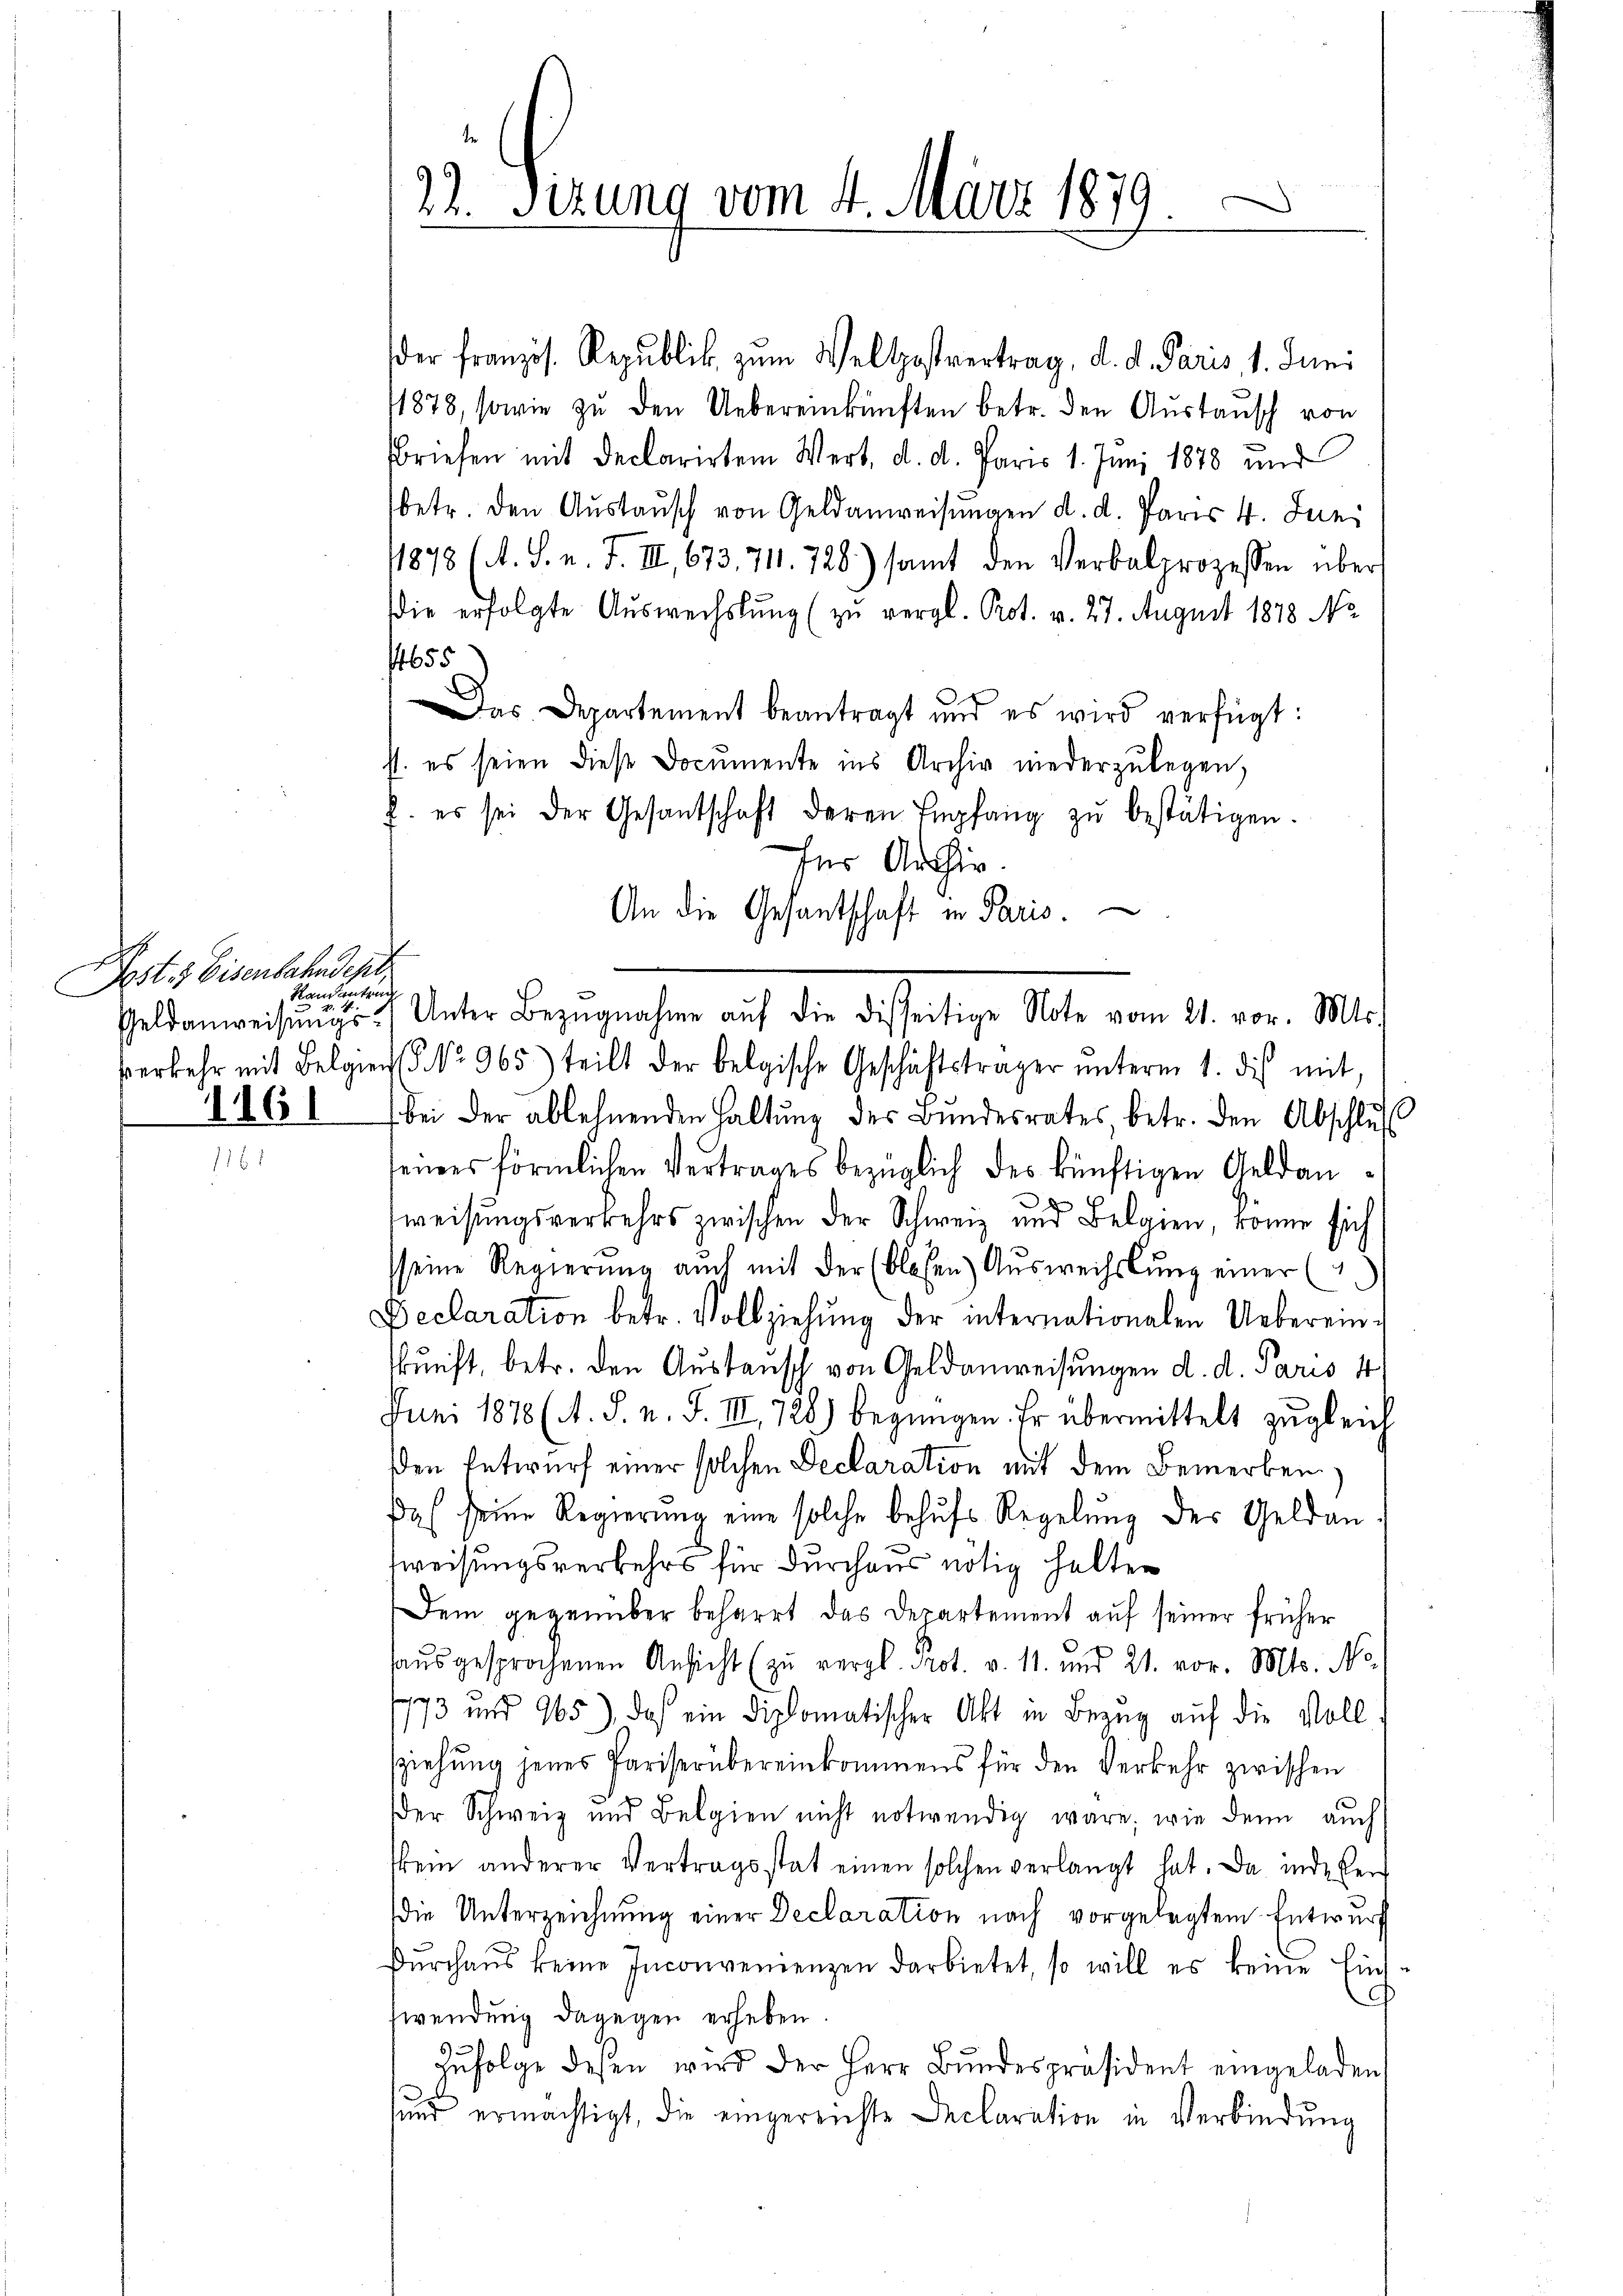
Post 3 Eisenbahndepl
Namentrich
1161

der franzis. Republik zŭm Weltpostvertrag, d. d. Paris, 1. Juni
1878, sowie zu den Uebereinkünften betr. den Austausch von
Briefen mit Declarirten Wert, d. d. Paris 1. Juni 1878 und
betr. den Austausch von Geldanweisungen d. d. Paris 4. Juni
1878 (A. S. n. F. III., 673. 711. 728) samt den Verbalprozessen über
die erfolgte Auswechslung (zu vergl. Prot. v. 27. August 1878 No
1655
as Departement beantragt und es wird verfügt:
st. es seien diese Documente ins Archiv niederzŭlegen,
2. es sei der Gesandschaft deren Empfang zŭ bestätigen.
Ins Archiv.
An die Gesantschaft in Paris.
Geldanweisŭngs Unter Bezŭgnahme aŭf die disseitige Note vom 21. vor. Mts.
verkehr mit Belgien No 965) teilt der belgische Geschäftsträger ŭnterm 1. des mit,
bei der ablehnenden Haltung des Bundesrates betr. den Abschluß
seines förmlichen Vertrages bezüglich des künftigen Geldanweisungsverkehrs zwischen der Schweiz und Belgien, könne sich
sseine Regierŭng auch mit der (blosen Aŭsweihslung einer (
Declaration betr. Vollziehŭng der internationalen Uebereinkunft, betr. den Austausch von Geldanweisungen d. d. Paris 4
Juni 1878 (A. S. n. F. III 728) begnügen. Er übermittelt zugleich
Den Entwurf einer solchen Declaration mit dem Bemerken,
af seine Regierung eine solche behufs Regelung der Geldanweisungsverkehrs für durchaus nötig halten
Dem gegenüber beharrt das Departement aŭf seiner früher
haŭsgesprochenen Ansicht (zu vergl. Prot. v. 11. und 21. vor. Mts. No.
1773 und 965), das ein Diplomatischer Akt in Bezug auf die Vollsziehŭng jenes Pariserübereinkommens für den Verkehr zwischen
der Schweiz und Belgien nicht notwendig wäre, wie dann auch
skein anderer Vertragsstat einen solchen verlangt hat. Da inde der
die Unterzeichnung einer Declaration nach vorgelegtem Entwurf
Dŭrchaus keine Inconvenienzen darbietet, so will es keine Einf.
swendung dagegen erheben.
Zŭfolge desen wird der Herr Bundespräsident eingeladen
sund ermächtigt, die eingereichte Declaration in Verbindung

25. Ferung vom 4. März 1879